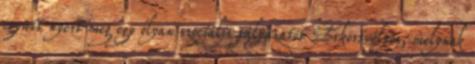
együtt nyert meg egy olyan szociális pályázatot Érkörtvélyes, melynek